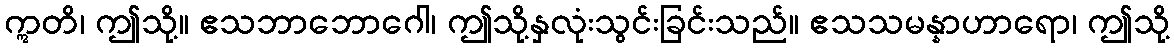
ဣတိ၊ ဤသို့။ ဧသဘာဘောဂေါ၊ ဤသို့နှလုံးသွင်းခြင်းသည်။ ဧသသမန္နာဟာရော၊ ဤသို့